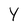
Character: y